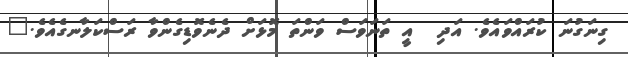
ގިނަގުނަ ކުރައްވައެވެ. އަދި  އީ ތަނަވަސް ވަންތަަ މޮޅަށް ދެނެވޮޑިގެންވާ ރަސްކަލާނގެއެވެ."